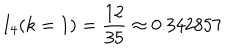
LaTeX: I _ { 4 } ( k = 1 ) = \frac { 1 2 } { 3 5 } \approx 0 . 3 4 2 8 5 7